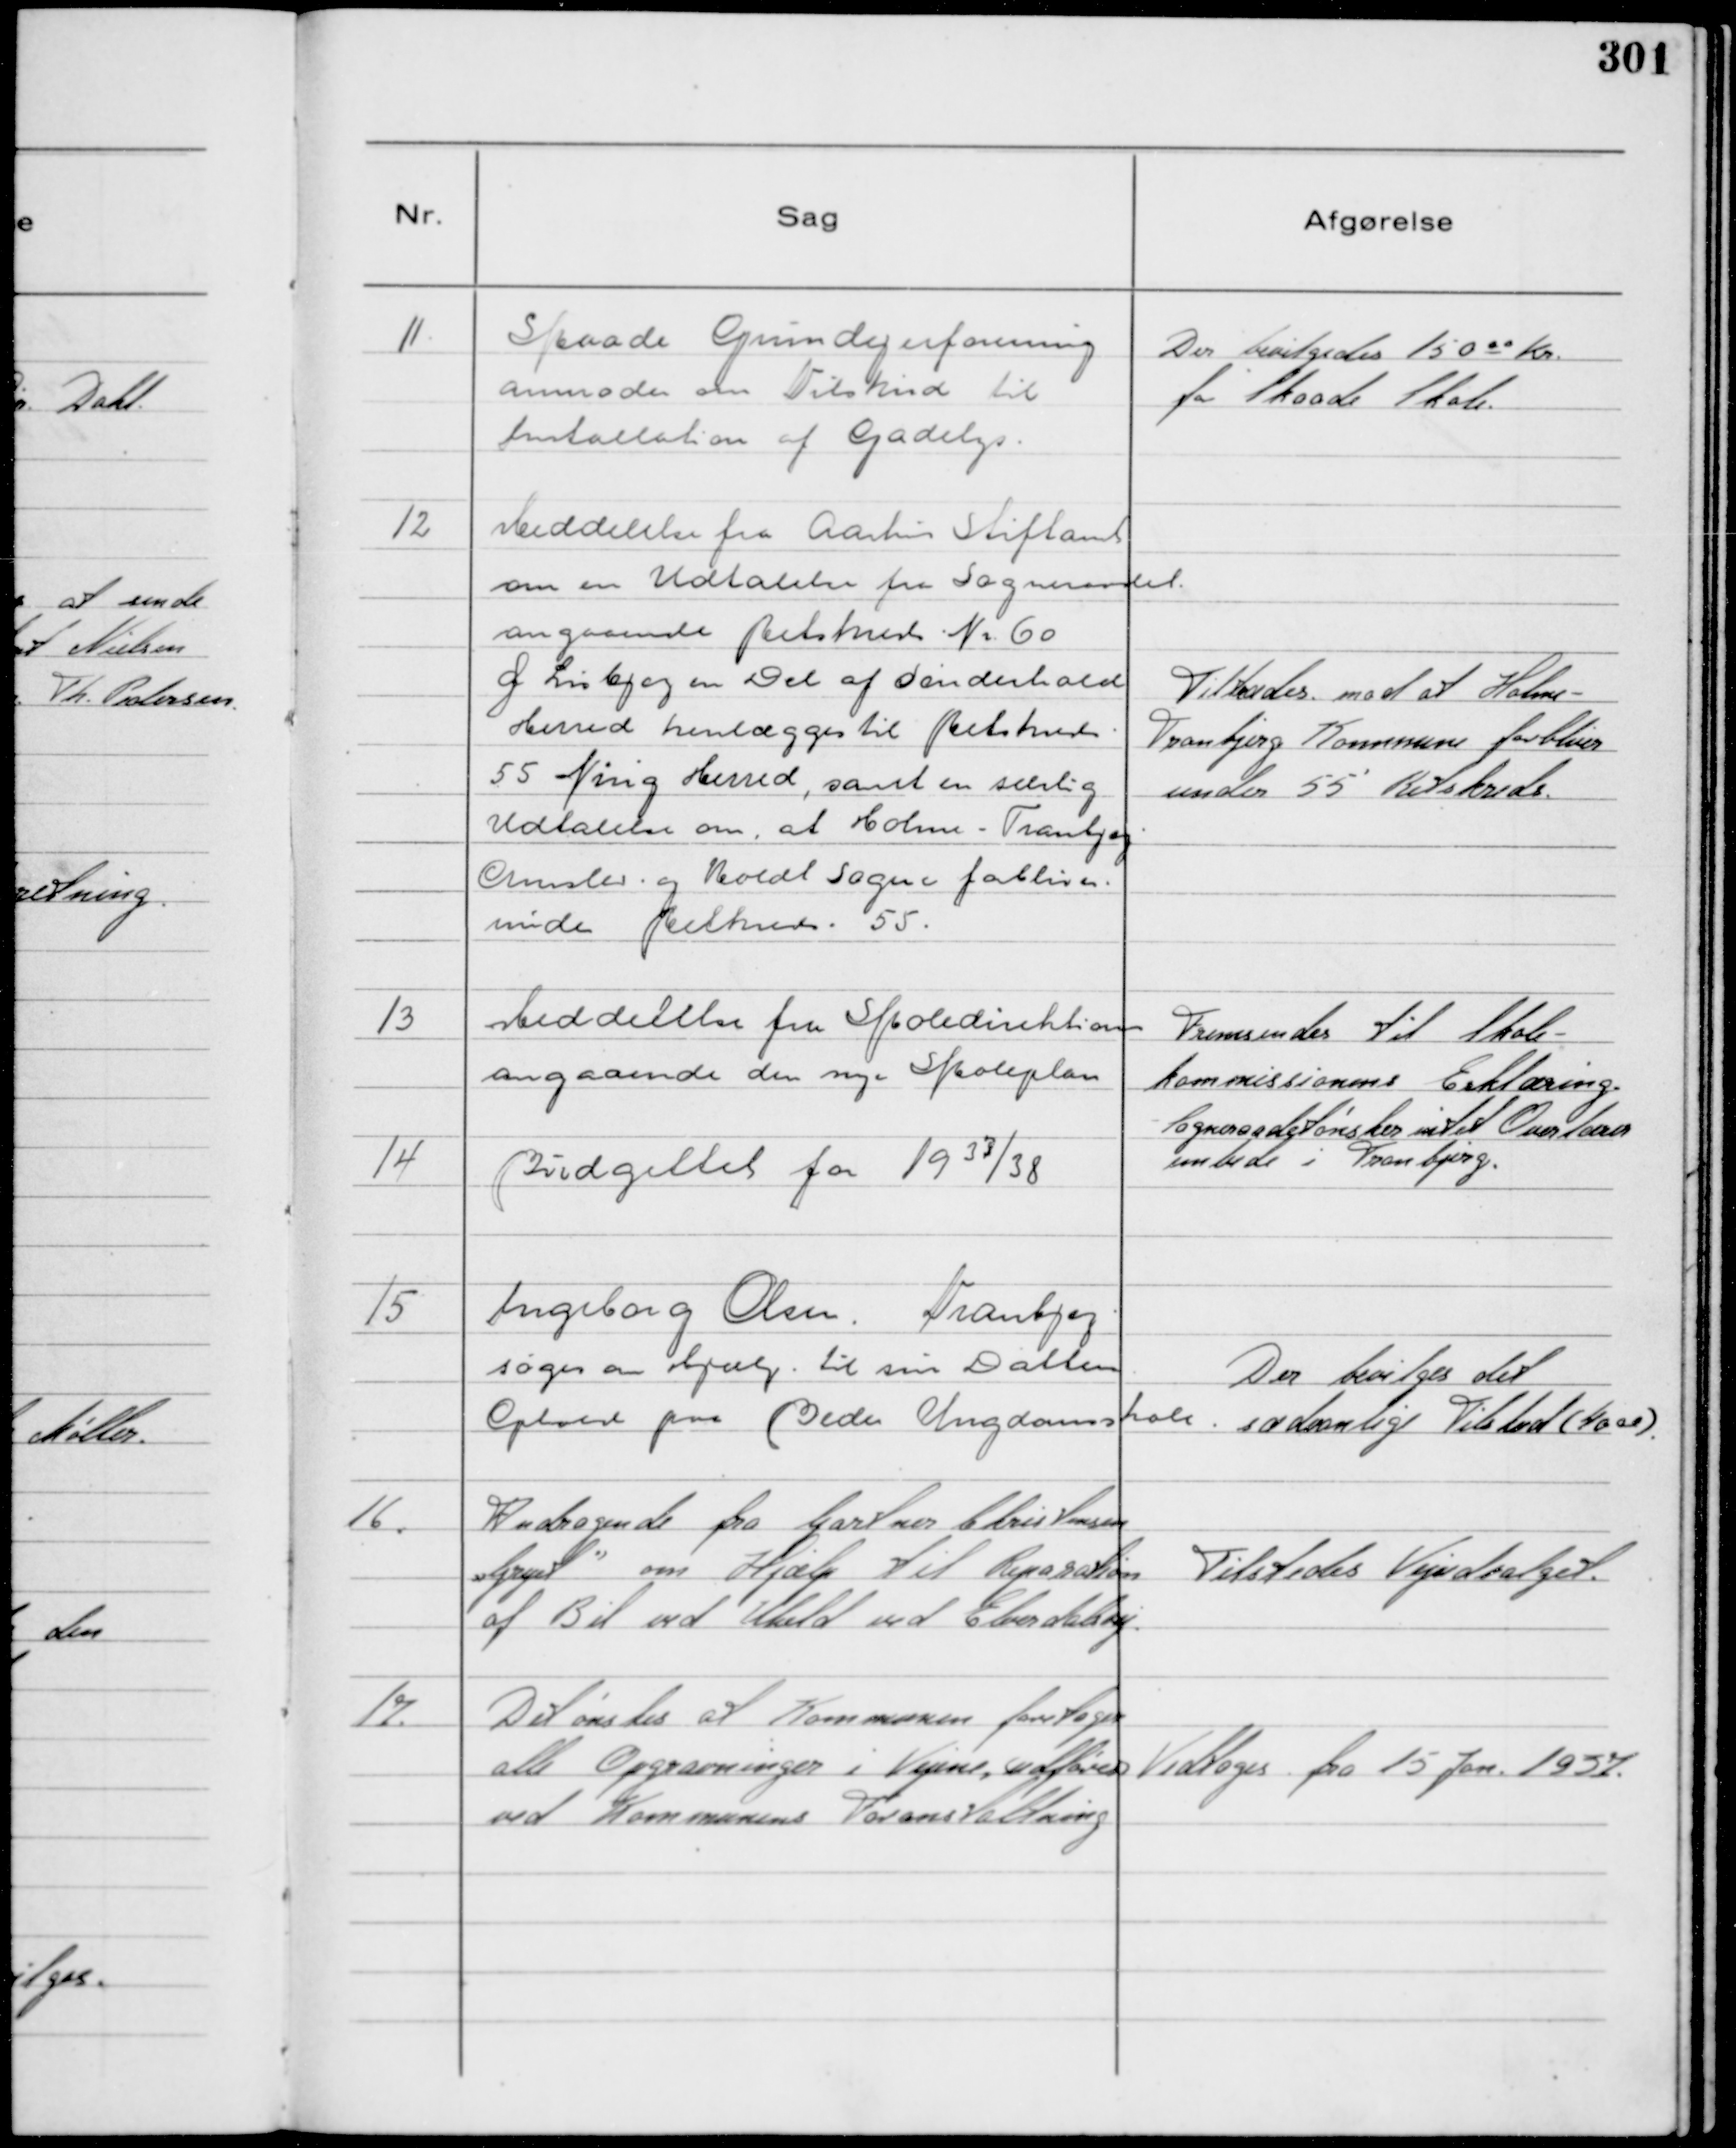
Transskription:
11.
Skaade Grundejerforening
anmoder om Tilskud til
Installation af Gadelys.

Der bevilgedes 150 00 Kr.
for Skaade Skole.

12
Meddelelse fra Aarhus Stiftamt
om en Udtalelse fra Sogneraadet.
angaaende Retskreds Nr. 60
af Lisbjerg en Del af Sønderhald
Herred henlægges til Retskreds
55 Ning Herred, samt en særlig
Udtalelse om, at Holme - Tranbjerg
Ormslev og Koldt Sogne forbliver
under Retskreds. 55.

Tiltrædes mod at Holme -
Tranbjerg Kommune forbliver
under 55'

Retskreds.

13
Meddelelse fra Skoledirektionen
angaaende den nye Skoleplan

Fremsendes til Skole-
kommissionens Erklæring.
Sogneraadet ønsker intet Overlærer
embede i Tranbjerg.

14
Budgettet for 1937/38

15
Ingeborg Olsen, Tranbjerg
søger om Hjælp til sin Datters
Ophold paa Beder Ungdomsskole.

Der bevilges det
sædvanlige Tilskud ( 40 00 ).

16.
Andragende fra Gartner Christensen
"Gryet"

om Hjælp til Reparation
af Bil ved Uheld ved Elverdalsvej.

Tilstedes Vejudvalget.

17.
Det ønskes at Kommunen foretager
alle Opgravninger i Vejene, udføres
ved Kommunens Foranstaltning

Vedtoges fra 15 Jan. 1937.